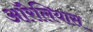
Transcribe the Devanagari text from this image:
ऑरेलियास